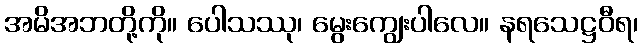
အမိအဘတို့ကို။ ပေါသဿု၊ မွေးကျွေးပါလေ။ နရသေဋ္ဌဝီရ၊